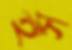
হস